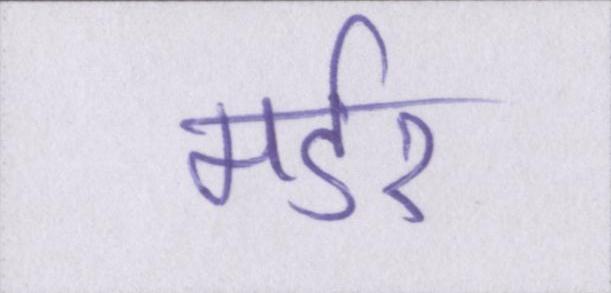
मर्डर